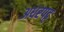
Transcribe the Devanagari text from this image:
अधरपट्ट